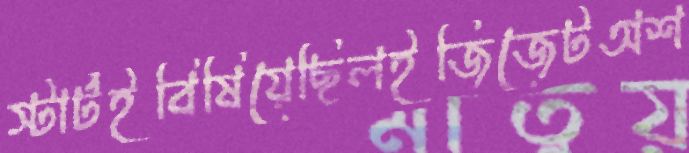
স্টার্টইবিষিয়েছিলইজিজেটঅশ